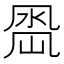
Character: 𭂵